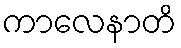
ကာလေနာတိ